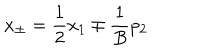
x _ { \pm } = \frac { 1 } { 2 } x _ { 1 } \mp \frac { 1 } { B } p _ { 2 }